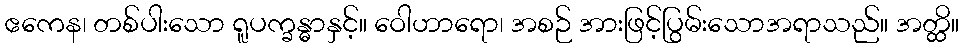
ဧကေန၊ တစ်ပါးသော ရူပက္ခန္ဓာနှင့်။ ဝေါဟာရော၊ အစဉ် အားဖြင့်ပြွမ်းသောအရာသည်။ အတ္ထိ။